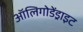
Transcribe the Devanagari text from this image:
ऑलिगोडेंड्राइट